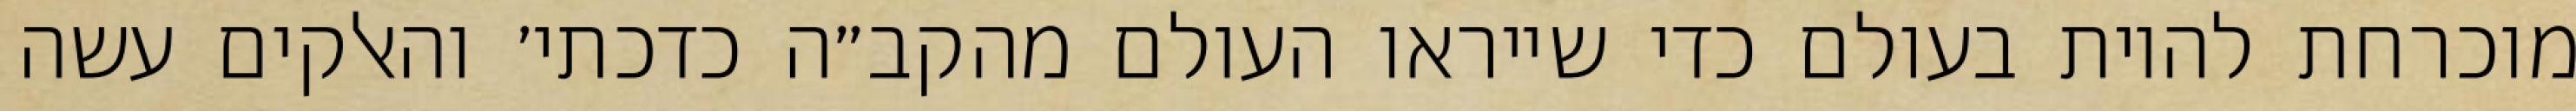
מוכרחת להיות בעולם כדי שייראו העולם מהקב״ה כדכתי׳ והאלקים עשה